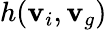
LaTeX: h(\mathbf{v}_{i},\mathbf{v}_{g})